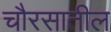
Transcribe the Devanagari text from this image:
चौरसातील